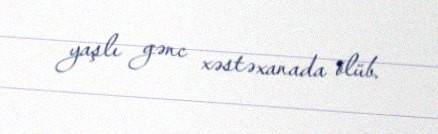
yaşlı gənc xəstəxanada ölüb.